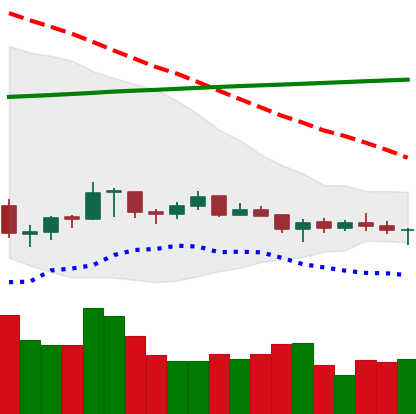
Ticker: XRP-USD
Chart end date: 2021-07-14
Forward return: -10.119%
Label: down_7plus